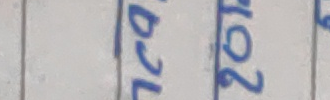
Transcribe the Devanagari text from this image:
२७ गते